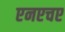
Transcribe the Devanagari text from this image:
एनएचए